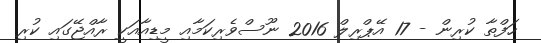
ހަފްތާ ކުރިން - 17 އޭޕްރިލް 2016 ނޫސްވެރިކަމާއި މީޑިއާއަކީ ރާއްޖޭގައި ކުރި